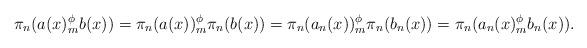
LaTeX: \begin{align*} \pi_n(a(x)_m^\phi b(x))= \pi_n(a(x))_m^\phi\pi_n(b(x))=\pi_n(a_n(x))_m^\phi\pi_n(b_n(x)) =\pi_n(a_n(x)_m^\phi b_n(x)). \end{align*}